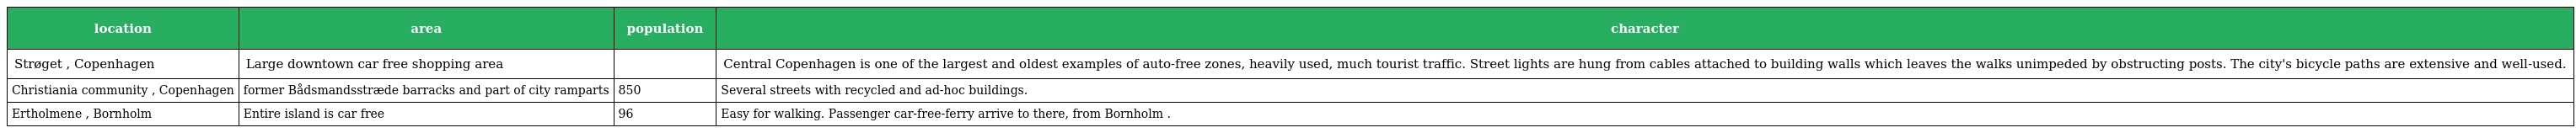
| location | area | population | character |
 | --- | --- | --- | --- |
 | Strøget , Copenhagen | Large downtown car free shopping area |  | Central Copenhagen is one of the largest and oldest examples of auto-free zones, heavily used, much tourist traffic. Street lights are hung from cables attached to building walls which leaves the walks unimpeded by obstructing posts. The city's bicycle paths are extensive and well-used. |
 | Christiania community , Copenhagen | former Bådsmandsstræde barracks and part of city ramparts | 850 | Several streets with recycled and ad-hoc buildings. |
 | Ertholmene , Bornholm | Entire island is car free | 96 | Easy for walking. Passenger car-free-ferry arrive to there, from Bornholm . |